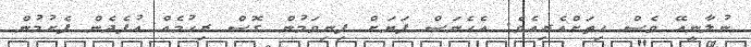
ނުލާނީއޭ ވެސް ހިތަށްއެރިއެވެ. އެހެނަސް ފަޔަށް ފިނިވަމުން ގޮސް ރިހުމެއް އުފެދެން ފެށުމުން